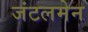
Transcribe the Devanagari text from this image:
जंटलमेन